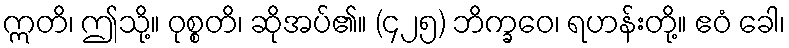
ဣတိ၊ ဤသို့။ ဝုစ္စတိ၊ ဆိုအပ်၏။ (၄၂၅) ဘိက္ခဝေ၊ ရဟန်းတို့။ ဧဝံ ခေါ၊